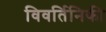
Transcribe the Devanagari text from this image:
विवर्तिनिकी